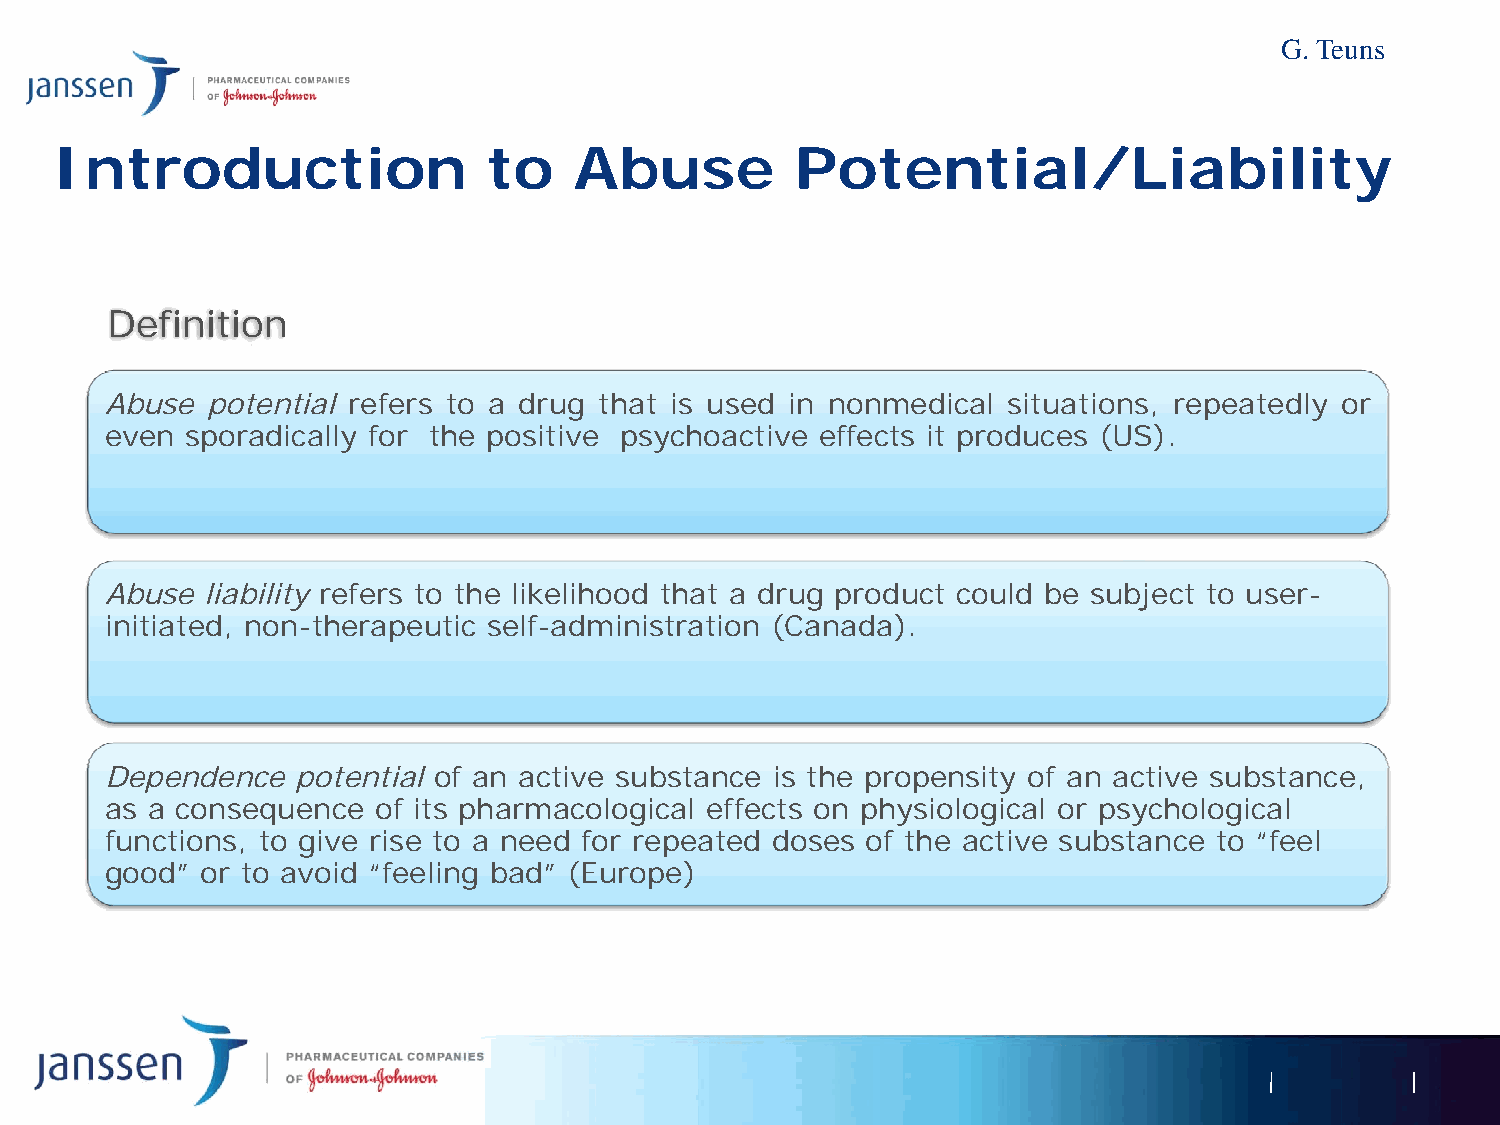
G. Teuns
 Introduction                 to    Abuse          Potential/Liability
 Definition
 Abuse  potential refers to a drug that is used in nonmedical situations, repeatedly or
 even sporadically for the positive psychoactive effects it produces (US).
 Abuse liability refers to the likelihood that a drug product could be subject to user-
 initiated, non-therapeutic self-administration (Canada).
 Dependence   potential of an active substance is the propensity of an active substance,
 as a consequence  of its pharmacological effects on physiological or psychological
 functions, to give rise to a need for repeated doses of the active substance to “feel
 good” or to avoid “feeling bad” (Europe)